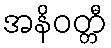
အနိဝတ္တီ